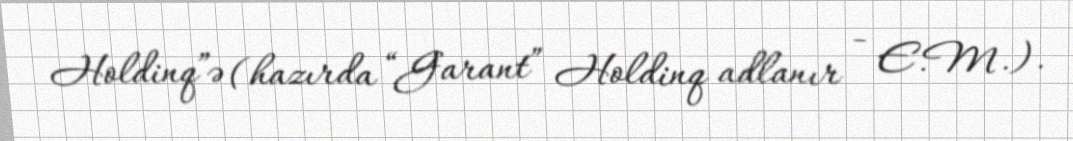
Holdinq”ə (hazırda “Garant” Holdinq adlanır - E.M.).